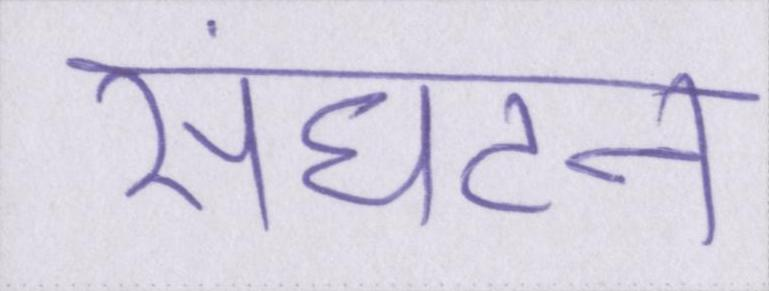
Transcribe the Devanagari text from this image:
संघटन